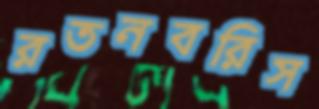
রতনবরিস